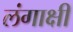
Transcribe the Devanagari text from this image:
लंगाक्षी